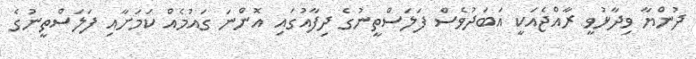
ދުންޔާ ވިދާޅުވީ ރާއްޖެއަކީ އަބަދުވެސް ފަލަސްތީނުގެ ދިފާއުގައި އޮންނަ ގައުމެއް ކަމަށާއި ފަލަސްތީނުގެ